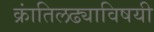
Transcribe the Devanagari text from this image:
क्रांतिलढ्याविषयी